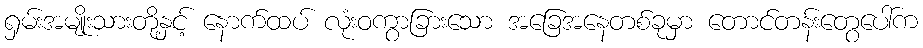
ရှမ်းအမျိုးသားတို့နှင့် နောက်ထပ် လုံးဝကွာခြားသော အခြေအနေတစ်ခုမှာ တောင်တန်းတွေပေါ်က